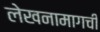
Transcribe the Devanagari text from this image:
लेखनामागची